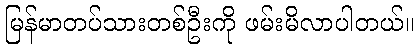
မြန်မာတပ်သားတစ်ဦးကို ဖမ်းမိလာပါတယ်။